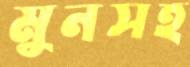
মুনসহ